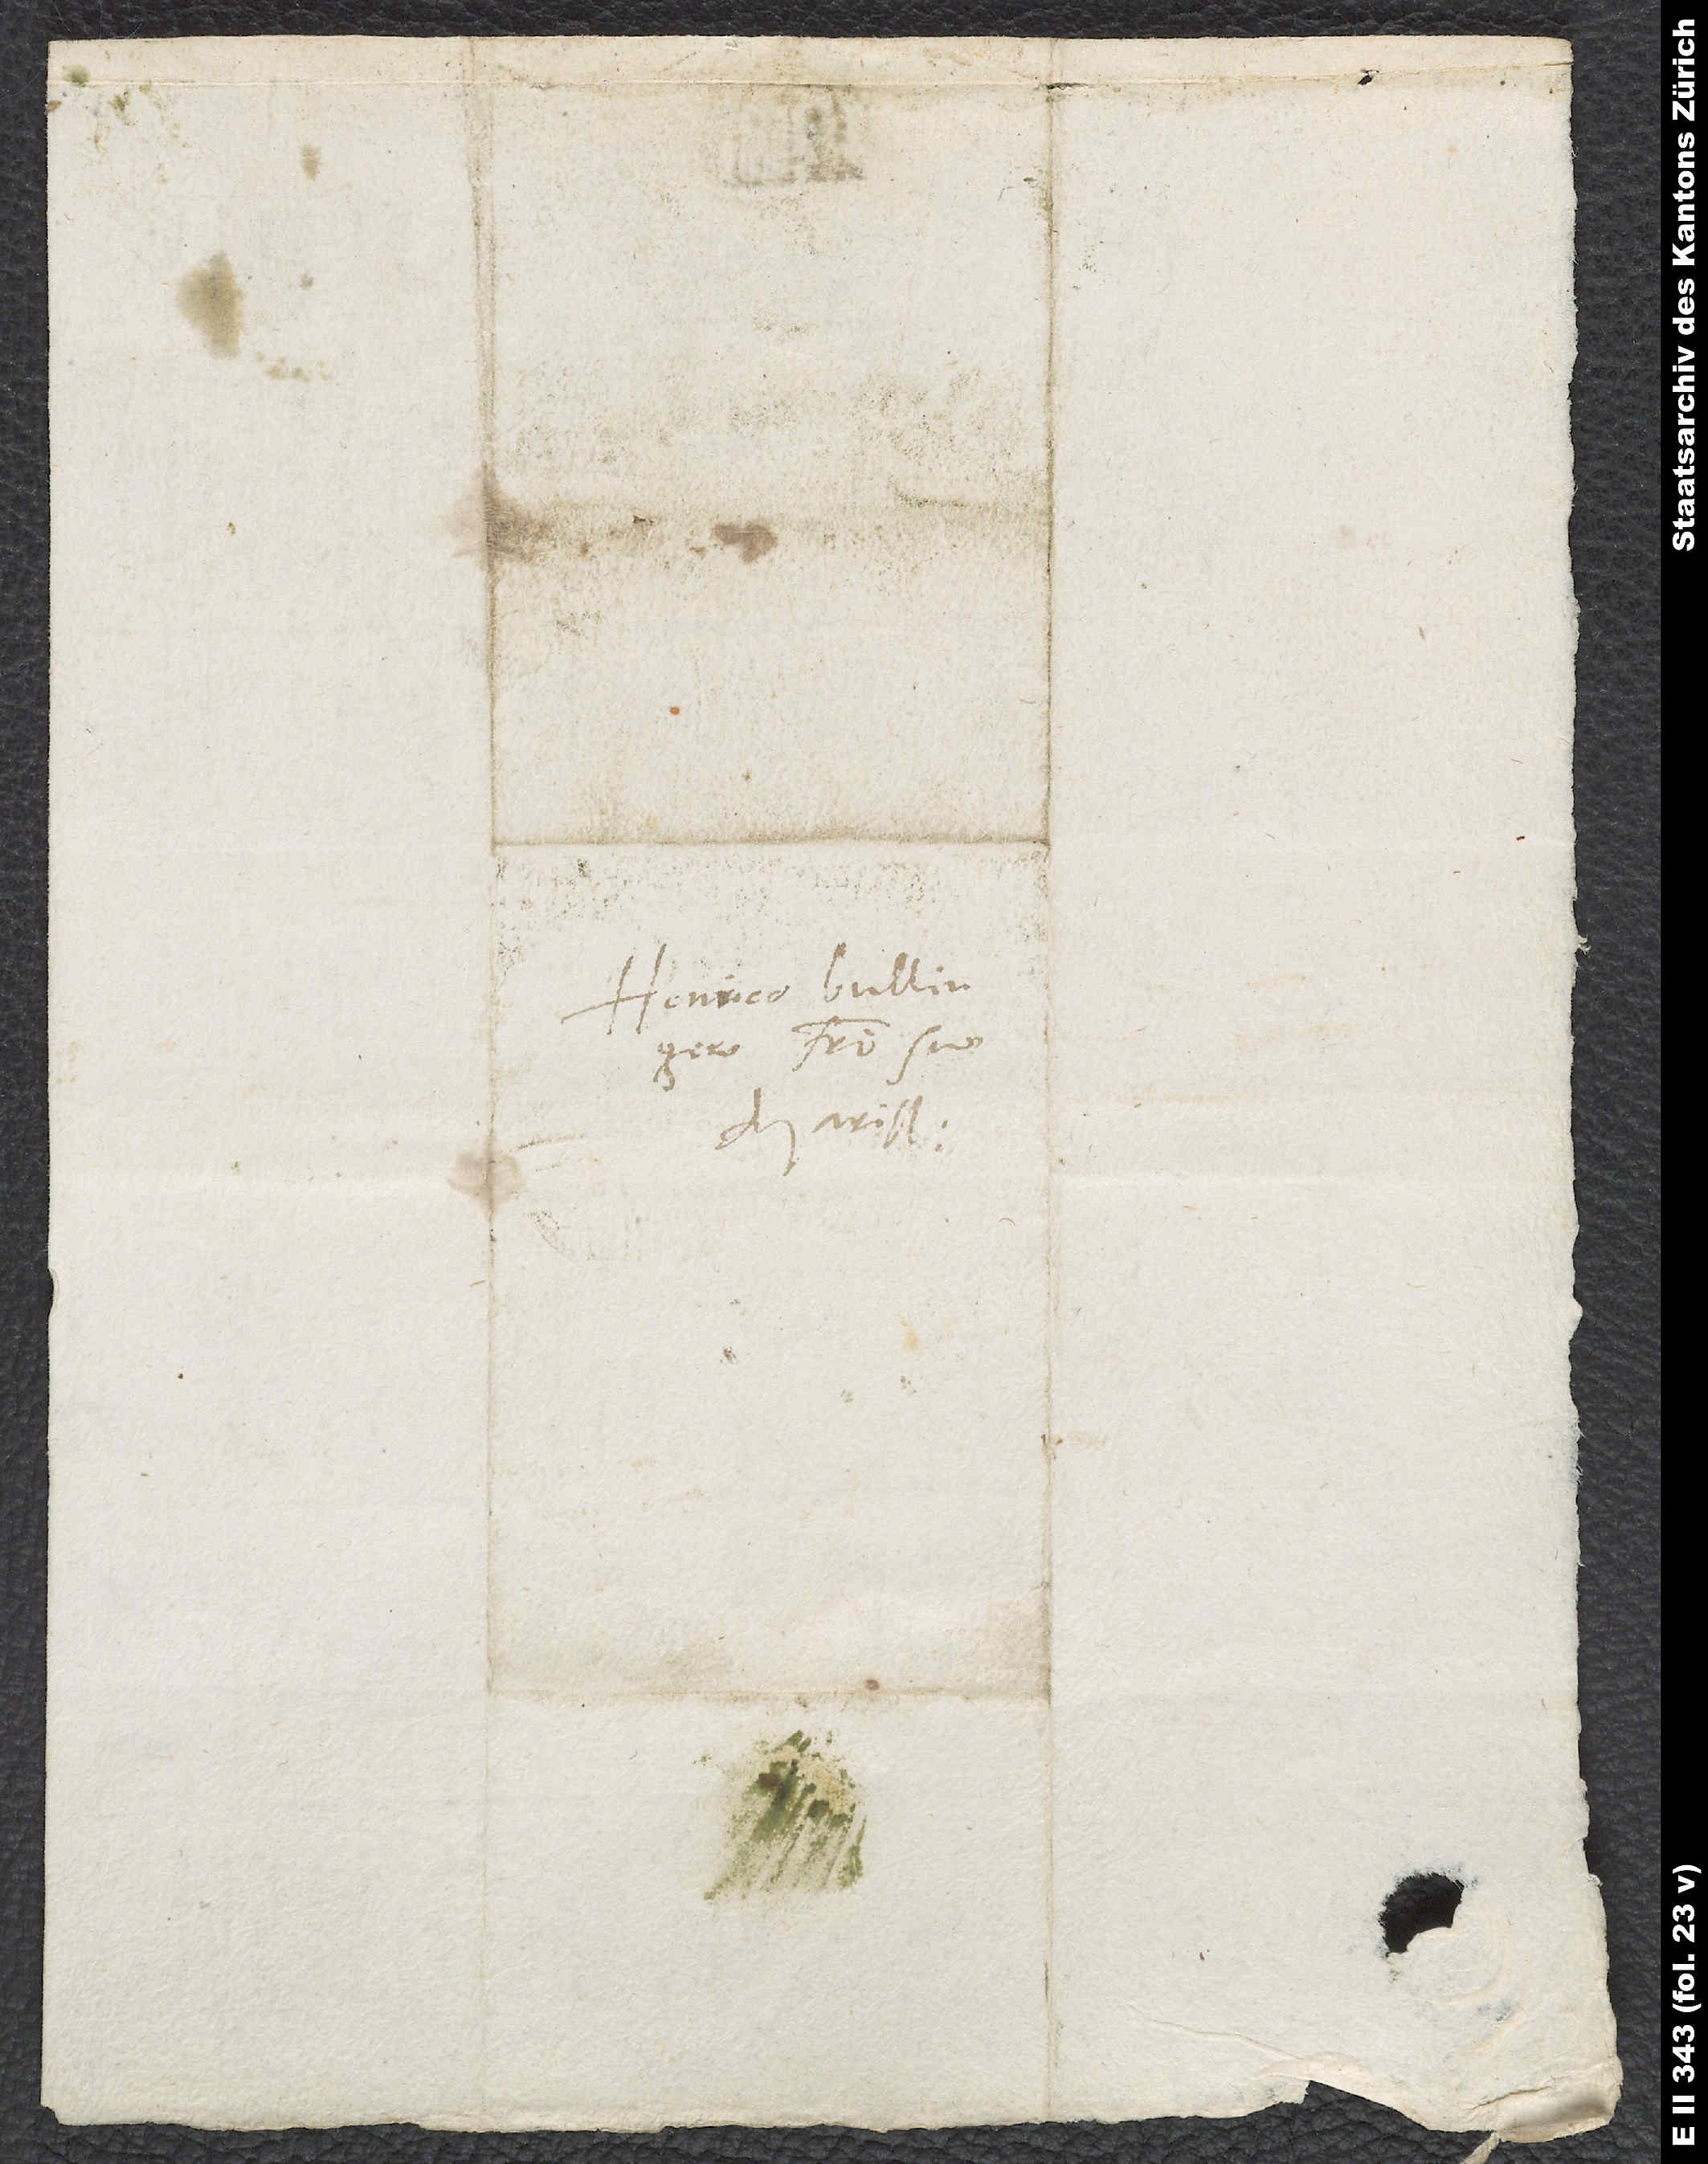
Henrico Bullingero,
fratri suo

S.